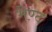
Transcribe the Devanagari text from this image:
भेण्ट